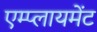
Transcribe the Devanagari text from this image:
एम्प्लायमेंट